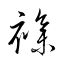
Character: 襍